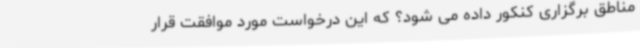
مناطق برگزاری کنکور داده می شود؟ که این درخواست مورد موافقت قرار